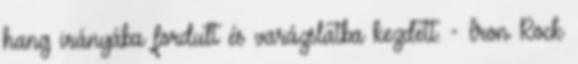
hang irányába fordult és varázslatba kezdett. - Iron Rock